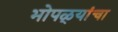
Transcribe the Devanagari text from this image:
भोपळ्यांचा